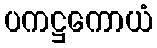
ပကဋ္ဌကောယံ